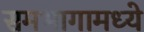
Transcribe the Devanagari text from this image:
समभागामध्ये